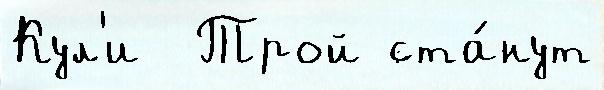
Кул'и  Трой ста́нут